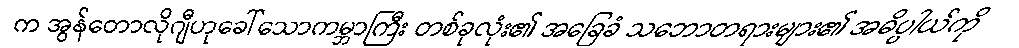
က အွန်တောလိုဂျီဟုခေါ်သောကမ္ဘာကြီး တစ်ခုလုံး၏ အခြေခံ သဘောတရားများ၏ အဓိပ္ပါယ်ကို